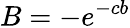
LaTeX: B=-e^{-cb}